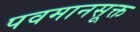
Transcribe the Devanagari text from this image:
पवमानसूक्त